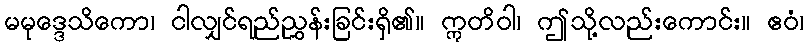
မမုဒ္ဒေသိကော၊ ငါလျှင်ရည်ညွှန်းခြင်းရှိ၏။ ဣတိဝါ၊ ဤသို့လည်းကောင်း။ ဧဝံ၊